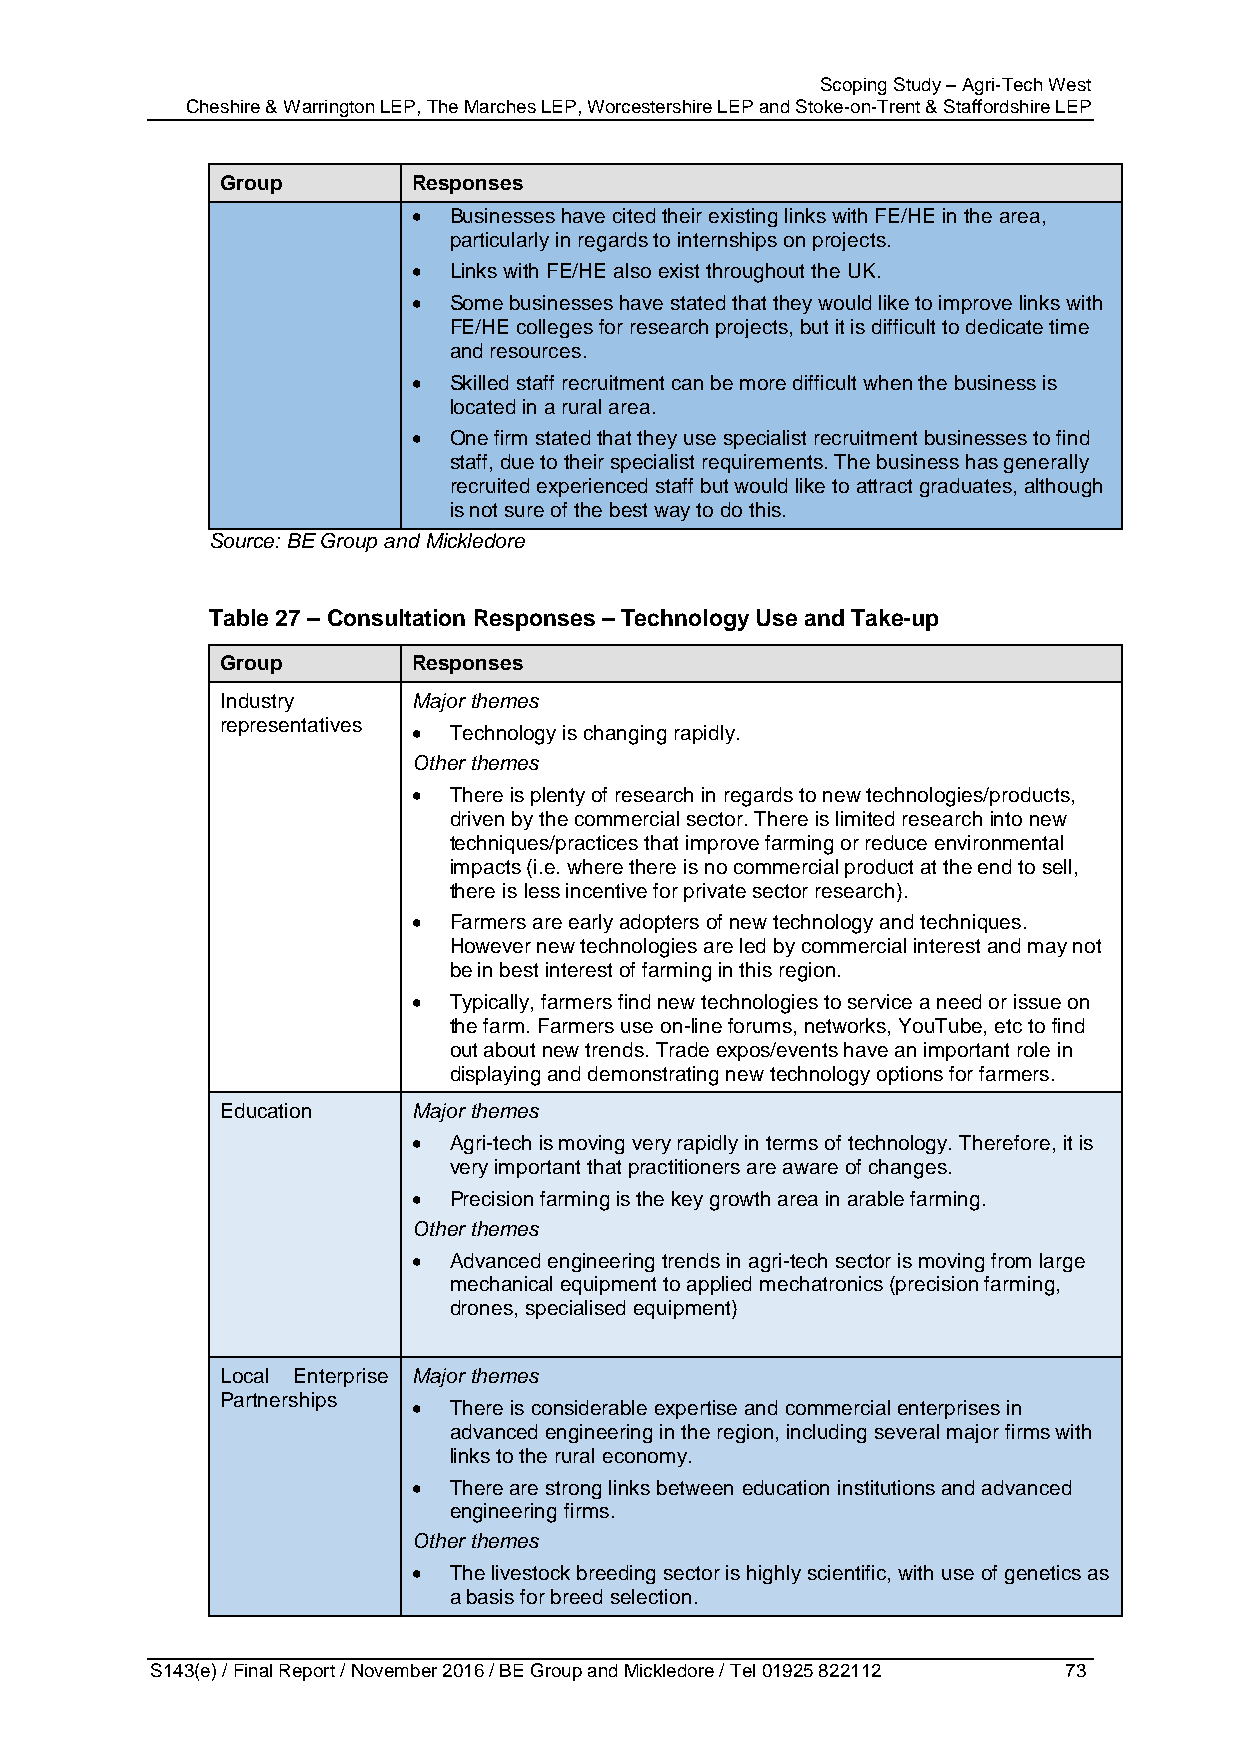
Scoping Study – Agri-Tech West
 Cheshire & Warrington LEP, The Marches LEP, Worcestershire LEP and Stoke-on-Trent & Staffordshire LEP
 Group       Responses
   Businesses have cited their existing links with FE/HE in the area,
 particularly in regards to internships on projects.
   Links with FE/HE also exist throughout the UK.
   Some businesses have stated that they would like to improve links with
 FE/HE colleges for research projects, but it is difficult to dedicate time
 and resources.
   Skilled staff recruitment can be more difficult when the business is
 located in a rural area.
   One firm stated that they use specialist recruitment businesses to find
 staff, due to their specialist requirements. The business has generally
 recruited experienced staff but would like to attract graduates, although
 is not sure of the best way to do this.
 Source: BE Group and Mickledore
 Table 27 – Consultation Responses – Technology Use and Take-up
 Group       Responses
 Industry    Major themes
 representatives
   Technology is changing rapidly.
 Other themes
   There is plenty of research in regards to new technologies/products,
 driven by the commercial sector. There is limited research into new
 techniques/practices that improve farming or reduce environmental
 impacts (i.e. where there is no commercial product at the end to sell,
 there is less incentive for private sector research).
   Farmers are early adopters of new technology and techniques.
 However new technologies are led by commercial interest and may not
 be in best interest of farming in this region.
   Typically, farmers find new technologies to service a need or issue on
 the farm. Farmers use on-line forums, networks, YouTube, etc to find
 out about new trends. Trade expos/events have an important role in
 displaying and demonstrating new technology options for farmers.
 Education   Major themes
   Agri-tech is moving very rapidly in terms of technology. Therefore, it is
 very important that practitioners are aware of changes.
   Precision farming is the key growth area in arable farming.
 Other themes
   Advanced engineering trends in agri-tech sector is moving from large
 mechanical equipment to applied mechatronics (precision farming,
 drones, specialised equipment)
 Local Enterprise Major themes
 Partnerships
   There is considerable expertise and commercial enterprises in
 advanced engineering in the region, including several major firms with
 links to the rural economy.
   There are strong links between education institutions and advanced
 engineering firms.
 Other themes
   The livestock breeding sector is highly scientific, with use of genetics as
 a basis for breed selection.
 S143(e) / Final Report / November 2016 / BE Group and Mickledore / Tel 01925 822112 73